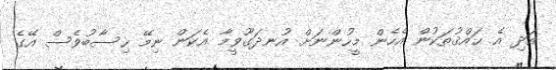
އަދި އެ ޙައްޤުތަކުން އެހެން މީހުންނަށް އުނދަގޫވީމާ އެކަން ނިމޭ ހިސާބުވެސް އޭގެ